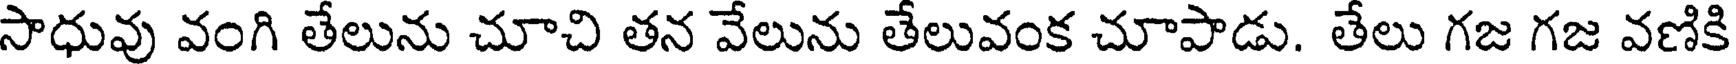
సాధువు వంగి తేలును చూచి తన వేలును తేలువంక చూపాడు. తేలు గజ గజ వణికి